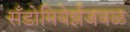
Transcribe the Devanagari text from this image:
सँडोमियेर्झजवळ